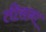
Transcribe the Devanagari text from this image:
तीसना